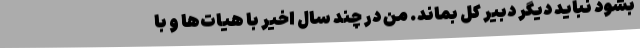
بشود نباید دیگر دبیر کل بماند. من در چند سال اخیر با هیات‌ها و با